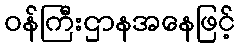
ဝန်ကြီးဌာနအနေဖြင့်